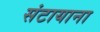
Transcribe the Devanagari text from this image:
संटायाना